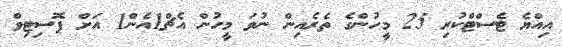
އިއްޔެ ޓެސްޓްކުރި 25 މީހުންގެ ތެރެއިން ނުވަ މީހުން އެޗް1އެން1 އަށް ޕޮސިޓިވް